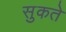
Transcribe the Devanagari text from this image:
सुकते